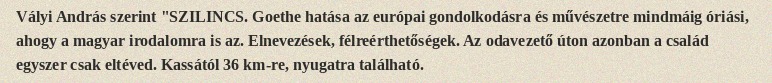
Vályi András szerint "SZILINCS. Goethe hatása az európai gondolkodásra és művészetre mindmáig óriási, ahogy a magyar irodalomra is az. Elnevezések, félreérthetőségek. Az odavezető úton azonban a család egyszer csak eltéved. Kassától 36 km-re, nyugatra található.